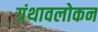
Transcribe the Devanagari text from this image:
ग्रंथावलोकन